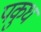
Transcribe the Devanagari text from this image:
पकुध